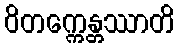
ဝိတက္ကေန္တဿာတိ